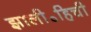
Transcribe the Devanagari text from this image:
झाली॰हिची